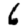
Digit: 6